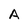
Character: A